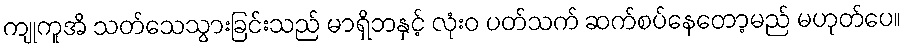
ကျုကူအိ သတ်သေသွားခြင်းသည် မာရှိဘနှင့် လုံးဝ ပတ်သက် ဆက်စပ်နေတော့မည် မဟုတ်ပေ။